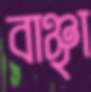
বাঞ্ছা